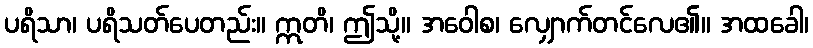
ပရိသာ၊ ပရိသတ်ပေတည်း။ ဣတိ၊ ဤသို့။ အဝေါစ၊ လျှောက်တင်လေ၏။ အထခေါ၊